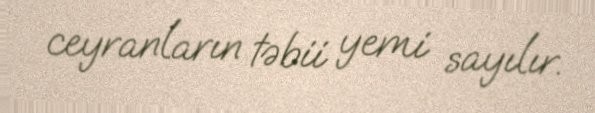
ceyranların təbii yemi sayılır.